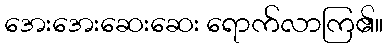
အေးအေးဆေးဆေး ရောက်လာကြ၏။